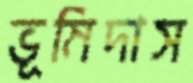
ভূমিদাস